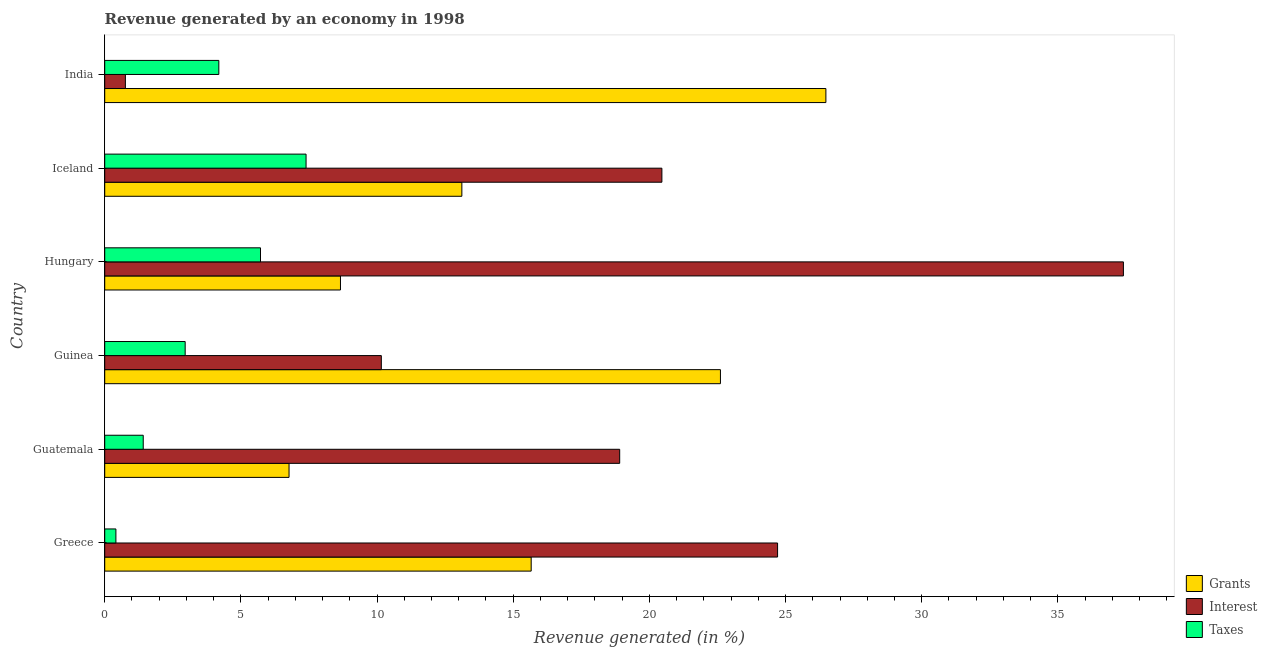
| Country | Grants | Interest | Taxes |
 | --- | --- | --- | --- |
 | Greece | 15.7 | 24.7 | 0.411 |
 | Guatemala | 6.77 | 18.9 | 1.41 |
 | Guinea | 22.6 | 10.2 | 2.95 |
 | Hungary | 8.66 | 37.4 | 5.72 |
 | Iceland | 13.1 | 20.5 | 7.39 |
 | India | 26.5 | 0.759 | 4.19 |